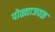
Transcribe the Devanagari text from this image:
पोळ्याजवळ